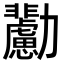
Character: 𠣊